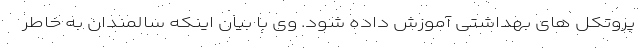
پروتکل های بهداشتی آموزش داده شود. وی با بیان اینکه سالمندان به خاطر